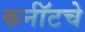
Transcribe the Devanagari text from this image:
कर्नॉटचे